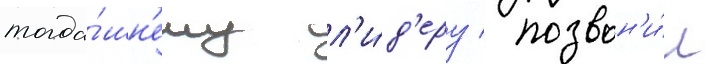
тогда́шн'ему л'и́д'еру / позвон'и́л